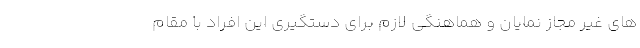
های غیر مجاز نمایان و هماهنگی لازم برای دستگیری این افراد با مقام